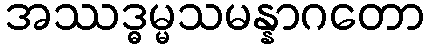
အဿဒ္ဓမ္မသမန္နာဂတော